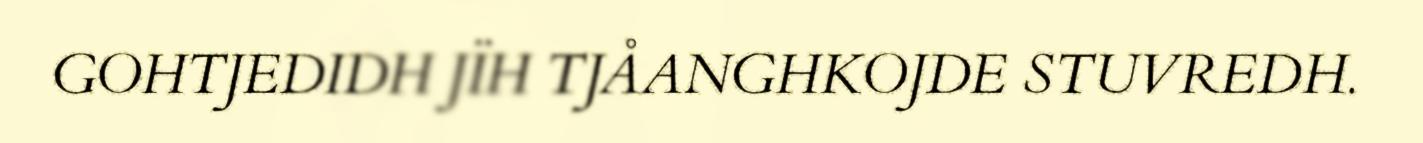
GOHTJEDIDH JÏH TJÅANGHKOJDE STUVREDH.